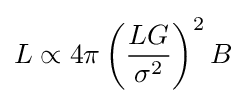
L\propto 4\pi \left({\frac {LG}{\sigma ^{2}}}\right)^{2}B